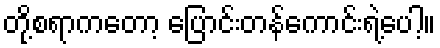
တို့စရာကတော့ ပြောင်းတန်ကောင်းရဲ့ပေါ့။